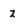
Character: z